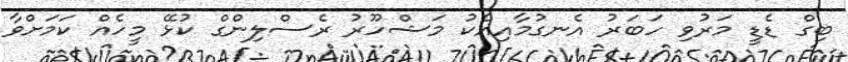
ބިގް ޑެޑީ މަރުވި ހަބަރު އެނގުމާއިއެކު މަޝްހޫރު ރެސްލިންގް ކުޅޭ މީހެއް ކަމަށްވާ